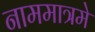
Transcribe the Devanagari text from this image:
नाममात्रमे